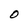
Character: 0